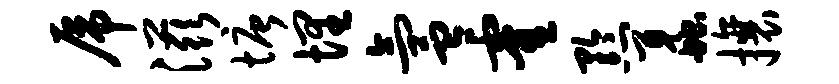
虎滋塘埋氲霍黔蠡攘